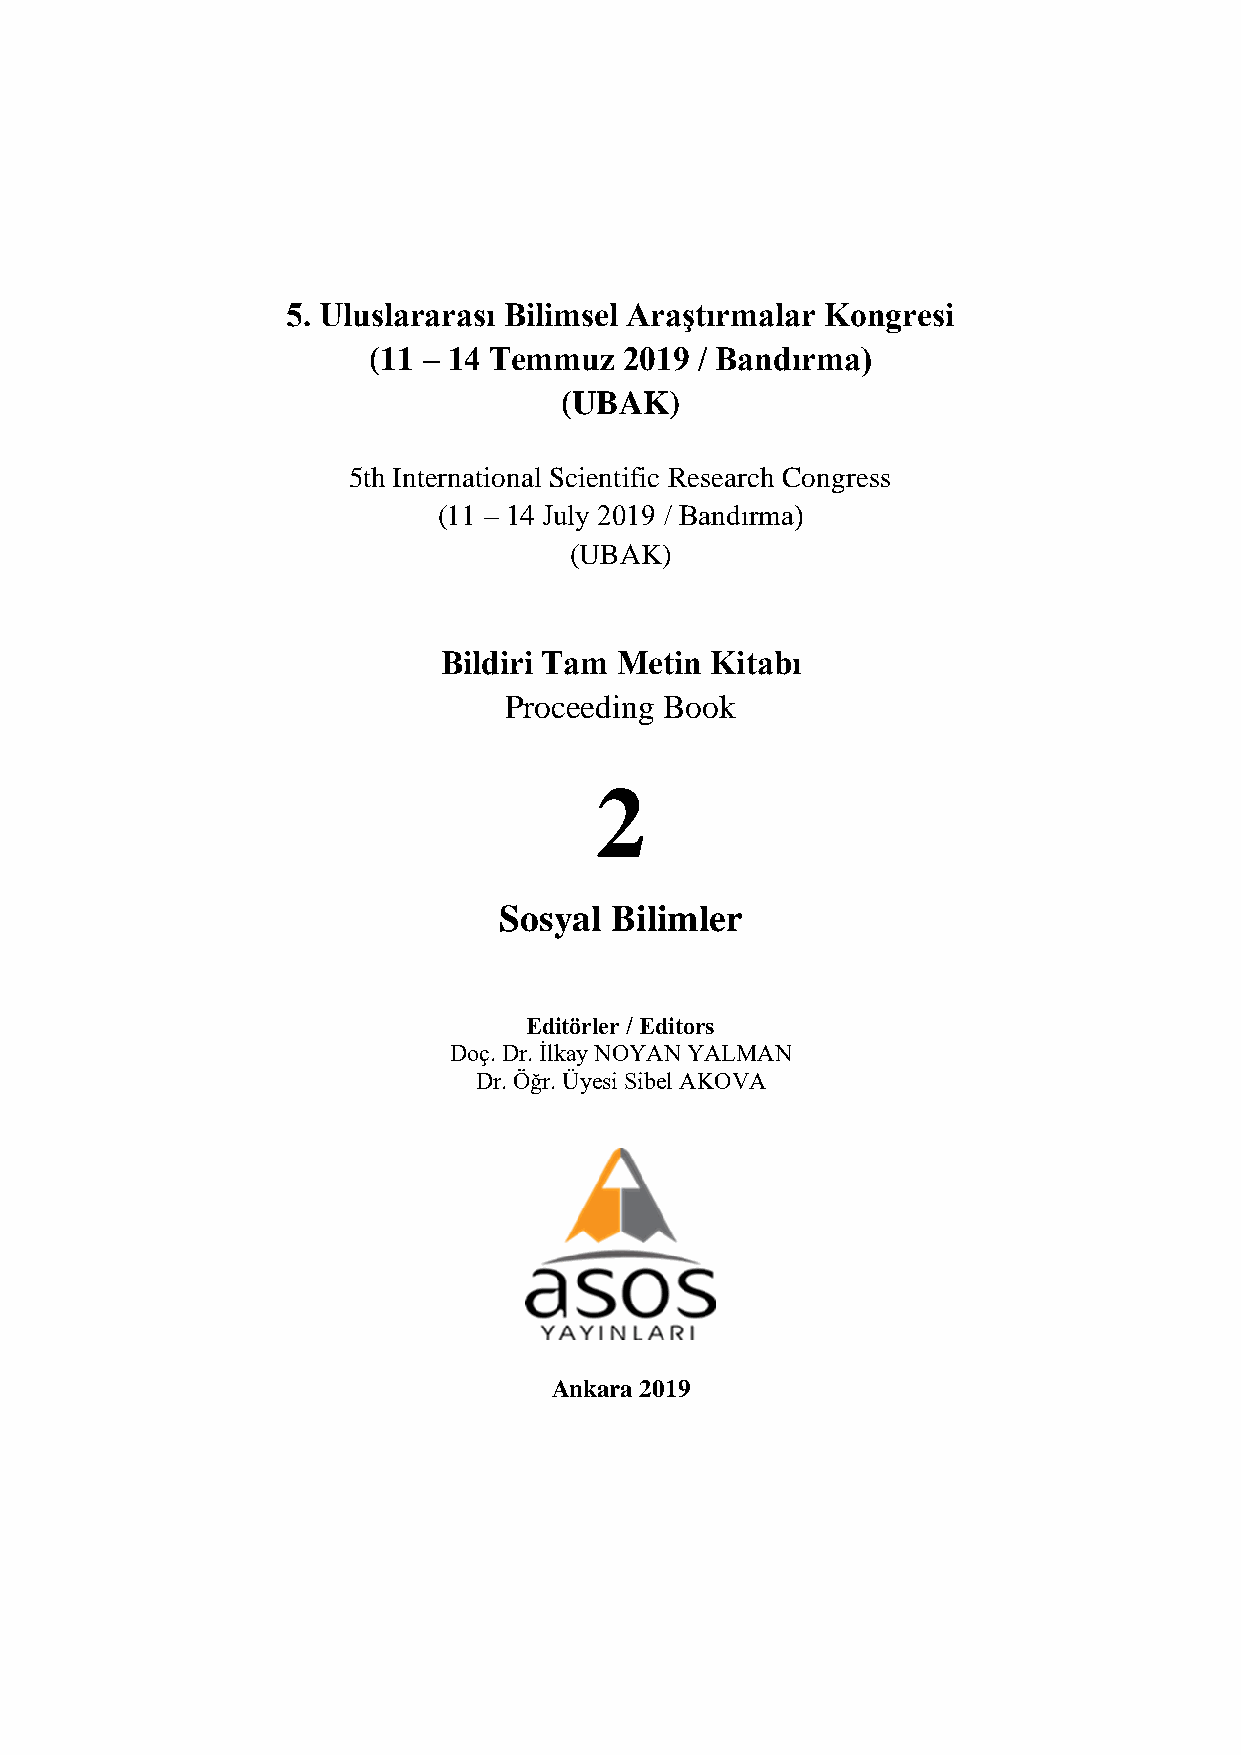
5. Uluslararası Bilimsel Araştırmalar Kongresi
 (11 – 14 Temmuz  2019 / Bandırma)
 (UBAK)
 5th International Scientific Research Congress
 (11 – 14 July 2019 / Bandırma)
 (UBAK)
 Bildiri Tam Metin Kitabı
 Proceeding Book
 2
 Sosyal Bilimler
 Editörler / Editors
 Doç. Dr. İlkay NOYAN YALMAN
 Dr. Öğr. Üyesi Sibel AKOVA
 Ankara 2019